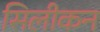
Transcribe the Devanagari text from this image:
सिलीकन